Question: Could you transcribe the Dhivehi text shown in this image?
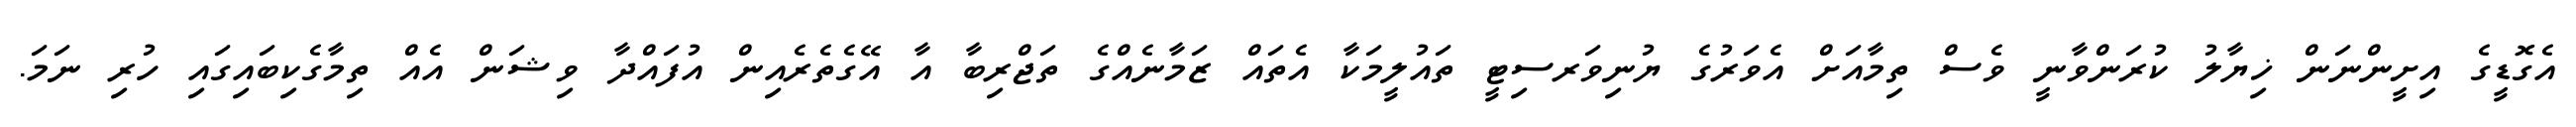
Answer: އެގޮޑީގެ އިށީންނަން ޚިޔާލު ކުރަންވާނީ ވެސް ތިމާއަށް އެވަރުގެ ޔުނިވަރސިޓީ ތައުލީމަކާ އެތައް ޒަމާނެއްގެ ތަޖްރިބާ އާ އޭގެތެރެއިން އުފައްދާ ވިޝަން އެއް ތިމާގެކިބައިގައި ހުރި ނަމަ.